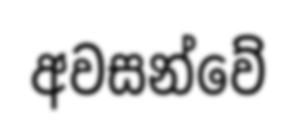
අවසන්වේ